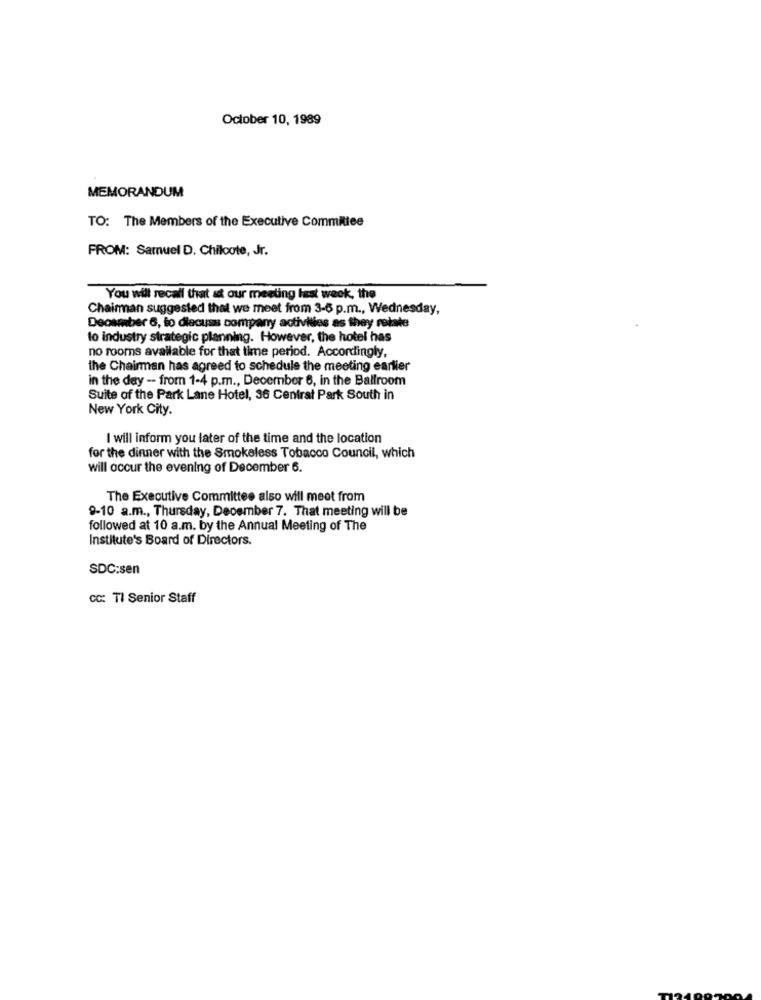
October 10, 1989
MEMORANDUM
TO: The Members of the Executive Committee
FROM: Samuel D. Chiloote, Jr.
You will recall that at our meeting last week, the
Chairman suggested that we meet from 3-6 p.m ., Wednesday,
Deosmber 6, to discuss company activities as they retate
to industry strategic planning. However, the hotel has
no rooms available for that time period. Accordingly,
the Chairman has agreed to schedule the meeting earlier
in the day -- from 1-4 p.m ., December 6, in the Ballroom
Suite of the Park Lane Hotel, 36 Central Park South in
New York City.
I will inform you later of the time and the location
for the dinner with the Smokeless Tobacco Council, which
will occur the evening of December 6.
The Executive Committee also will meet from
9-10 a.m ., Thursday, December 7. That meeting will be
followed at 10 a.m. by the Annual Meeting of The
Institute's Board of Directors.
SDC:sen
cc: Tl Senior Staff